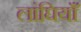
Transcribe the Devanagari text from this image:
लांघियाँ